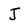
Character: J